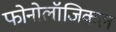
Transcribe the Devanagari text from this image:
फोनोलॉजिकल